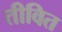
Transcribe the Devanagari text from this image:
तीवित